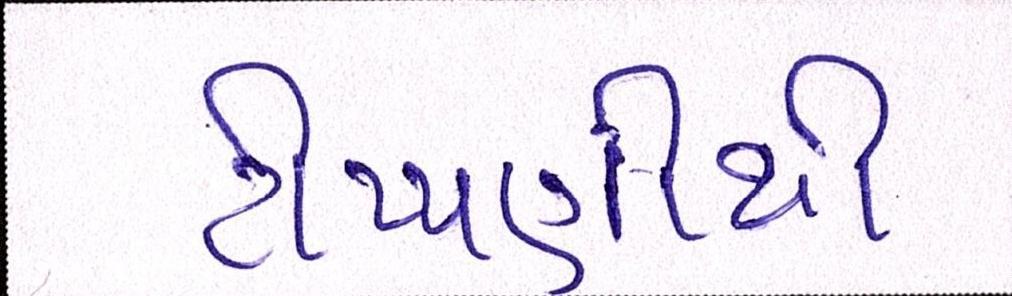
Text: ટીપ્પણીથી